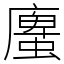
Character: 螷